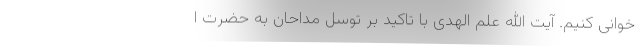
‌خوانی کنیم. آیت الله علم الهدی با تاکید بر توسل مداحان به حضرت ا